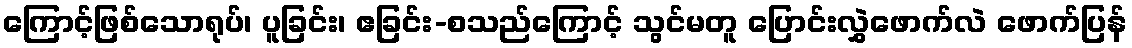
ကြောင့်ဖြစ်သောရုပ်၊ ပူခြင်း၊ ဧခြင်း-စသည်ကြောင့် သွင်မတူ ပြောင်းလွှဲဖောက်လဲ ဖောက်ပြန်